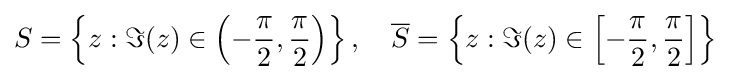
S=\left\{z:\Im (z)\in \left(-{\frac {\pi }{2}},{\frac {\pi }{2}}\right)\right\},\quad {\overline {S}}=\left\{z:\Im (z)\in \left[-{\frac {\pi }{2}},{\frac {\pi }{2}}\right]\right\}